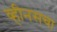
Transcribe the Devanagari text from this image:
व्हीनसचा